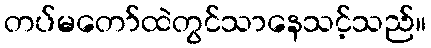
တပ်မတော်ထဲတွင်သာနေသင့်သည်။